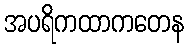
အပရိကထာကတေန